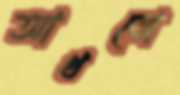
আখবো